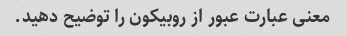
معنی عبارت عبور از روبیکون را توضیح دهید.